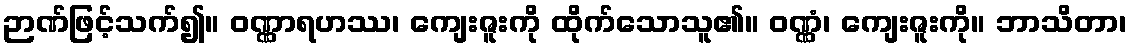
ဉာဏ်ဖြင့်သက်၍။ ဝဏ္ဏာရဟဿ၊ ကျေးဇူးကို ထိုက်သောသူ၏။ ဝဏ္ဏံ၊ ကျေးဇူးကို။ ဘာသိတာ၊